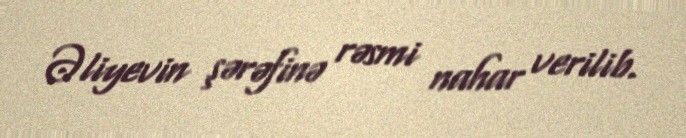
Əliyevin şərəfinə rəsmi nahar verilib.